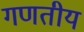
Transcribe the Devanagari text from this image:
गणतीय